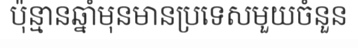
ប៉ុន្មានឆ្នាំមុនមានប្រទេសមួយចំនួន